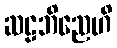
ဆဠဘိညေဟိ